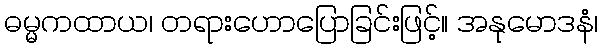
ဓမ္မကထာယ၊ တရားဟောပြောခြင်းဖြင့်။ အနုမောဒနံ၊